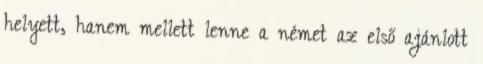
helyett, hanem mellett lenne a német az első ajánlott